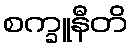
စက္ခူနီတိ